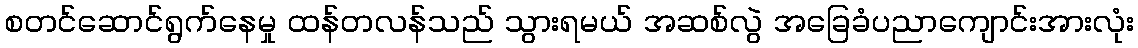
စတင်ဆောင်ရွက်နေမှု ထန်တလန်သည် သွားရမယ် အဆစ်လွဲ အခြေခံပညာကျောင်းအားလုံး